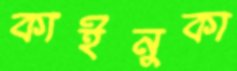
কাইনুকা